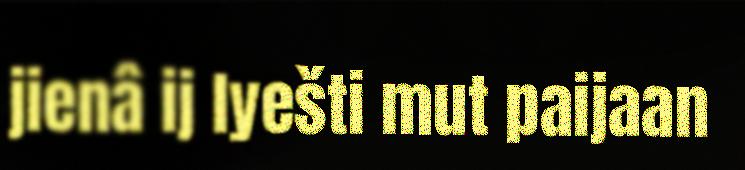
jienâ ij lyešti mut paijaan